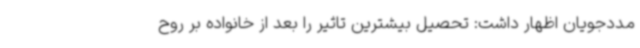
مددجویان اظهار داشت: تحصیل بیشترین تاثیر را بعد از خانواده بر روح